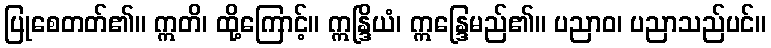
ပြုစေတတ်၏။ ဣတိ၊ ထို့ကြောင့်။ ဣန္ဒြိယံ၊ ဣန္ဒြေမည်၏။ ပညာဝ၊ ပညာသည်ပင်။